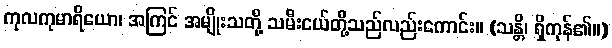
ကုလကုမာရိယော၊ အကြင် အမျိုးသတို့ သမီးငယ်တို့သည်လည်းကောင်း။ (သန္တိ၊ ရှိကုန်၏။)